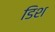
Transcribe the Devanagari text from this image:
डिश